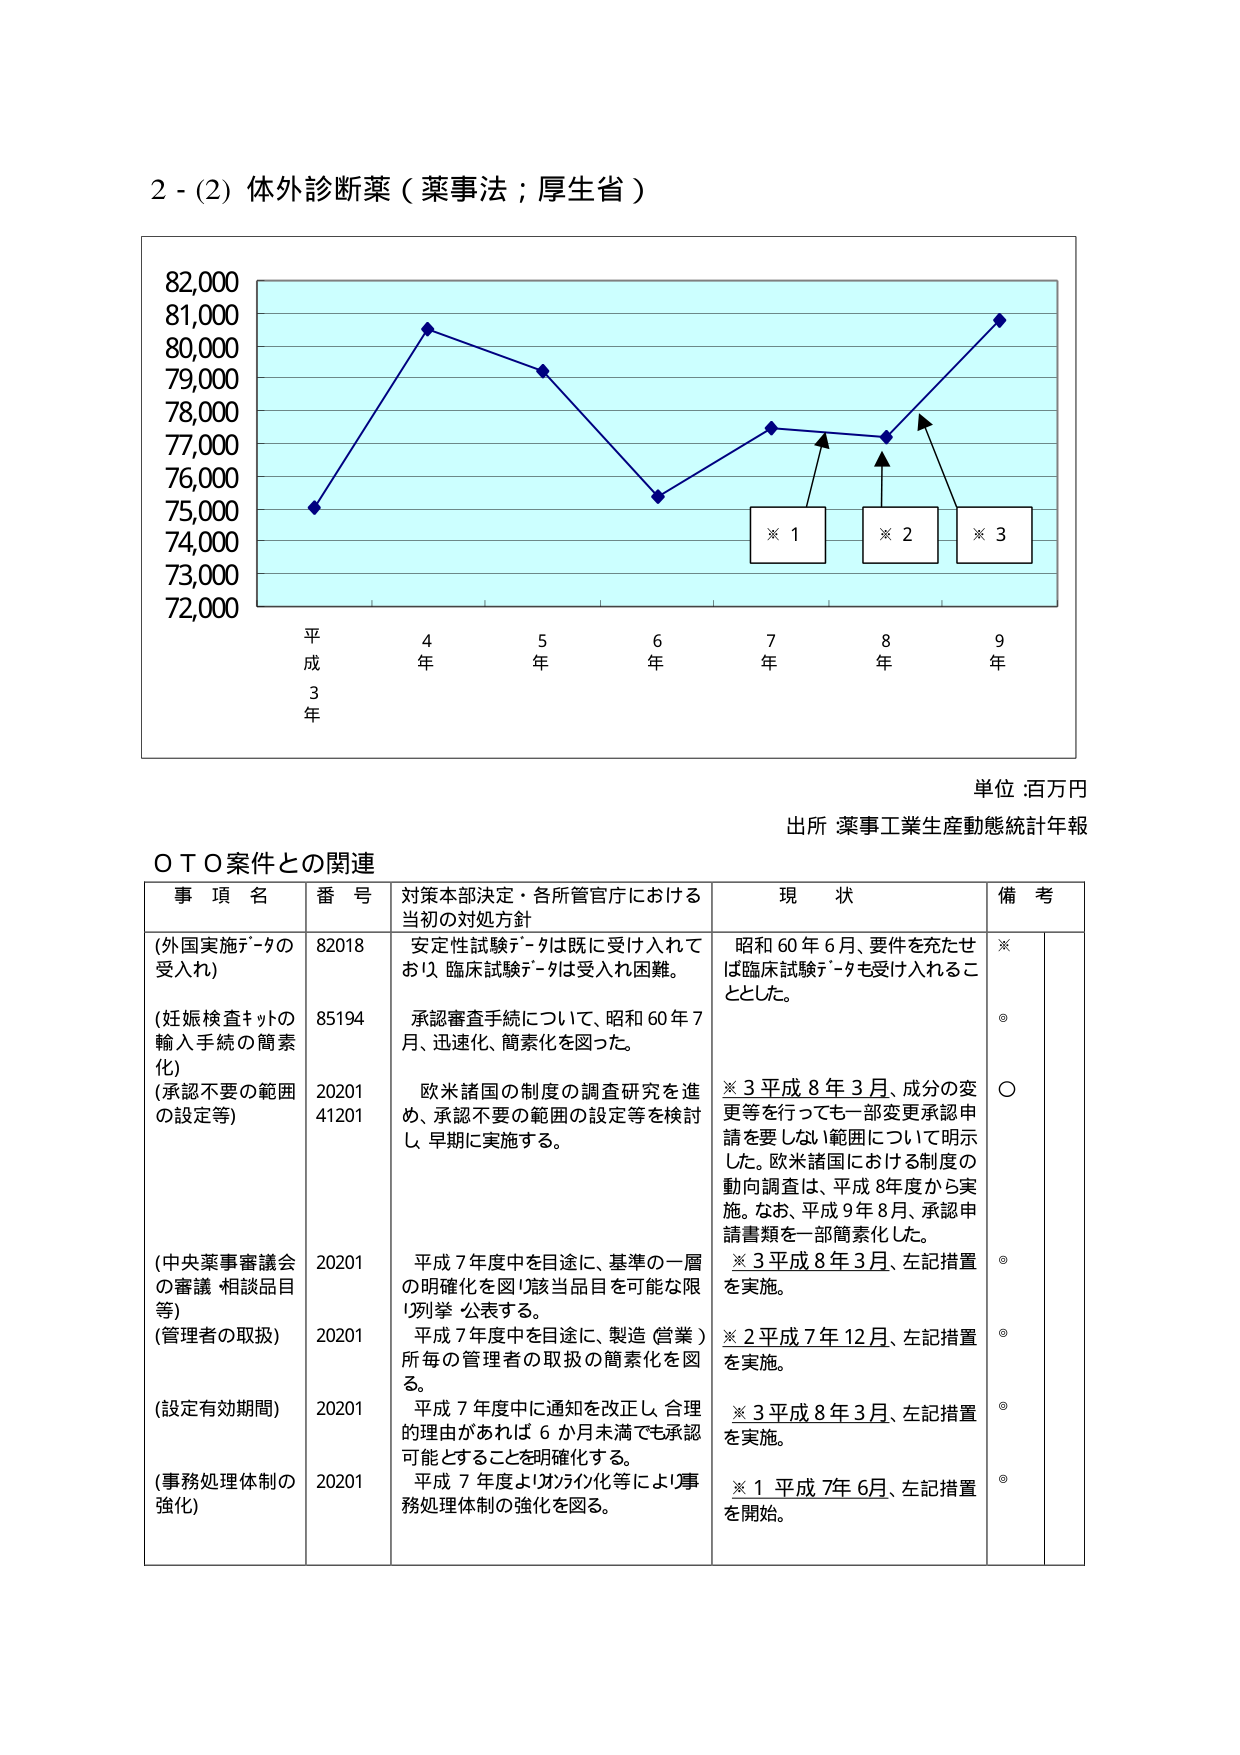
2 - (2) 体外診断薬（薬事法；厚生省）

82,000
81,000
80,000
79,000
78,000
77,000
76,000
75,000
74,000
73,000
72,000

平成3年　4年　5年　6年　7年　8年　9年

※1　※2　※3

単位：百万円
出所：薬事工業生産動態統計年報

ＯＴＯ案件との関連

事項名　　　番号　　　対策本部決定・各所管官庁における当初の対処方針　　　現状　　　備考
(外国実施データの受入れ)　82018　安定性試験データは既に受け入れており、臨床試験データは受入れ困難。　昭和60年6月、要件を充たせば臨床試験データも受け入れることとした。　※
(妊娠検査キットの輸入手続の簡素化)　85194　承認審査手続について、昭和60年7月、迅速化、簡素化を図った。　◎
(承認不要の範囲の設定等)　20201　欧米諸国の制度の調査研究を進め、承認不要の範囲の設定等を検討し、早期に実施する。　※3 平成8年3月、成分の変更等を行っても一部変更承認申請を要しない範囲について明示した。欧米諸国における制度の動向調査は、平成8年度から実施。なお、平成9年8月、承認申請書類を一部簡素化した。　○
　　　　　　　　　　　41201
(中央薬事審議会の審議・相談品目等)　20201　平成7年度中を目途に、基準の一層の明確化を図り該当品目を可能な限り列挙・公表する。　※3 平成8年3月、左記措置を実施。　◎
(管理者の取扱)　20201　平成7年度中を目途に、製造（営業）所毎の管理者の取扱の簡素化を図る。　※2 平成7年12月、左記措置を実施。　◎
(設定有効期間)　20201　平成7年度中に通知を改正し、合理的理由があれば6か月未満でも承認可能とすることを明確化する。　※3 平成8年3月、左記措置を実施。　◎
(事務処理体制の強化)　20201　平成7年度よりオフィス化等により事務処理体制の強化を図る。　※1 平成7年6月、左記措置を開始。　◎